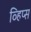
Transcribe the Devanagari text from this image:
व्हिप्स